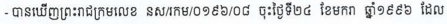
- បានឃើញព្រះរាជក្រមលេខ នស/រកម/០១៩៦/០៨ ចុះថ្ងៃទី២៤ ខែមករា ឆ្នាំ១៩៩៦ ដែល